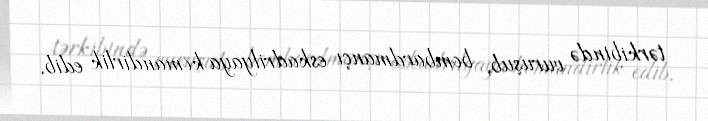
tərkibində vuruşub, bombardmançı eskadrilyaya komandirlik edib.